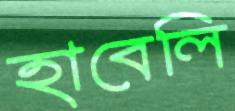
হাবেলি